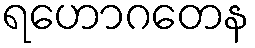
ရဟောဂတေန